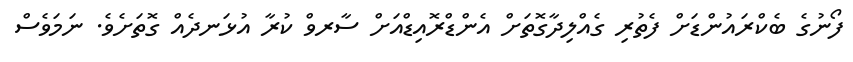
ފޯނުގެ ބެކްރައުންޑަށް ފެތުރި ގެއްލިދާގޮތަށް އެންޑްރޮއިޑްއަށް ސާރވް ކުރާ އުޅަނދެއް ގޮތަށެވެ. ނަމަވެސް